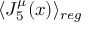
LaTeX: \langle J _ { 5 } ^ { \mu } ( x ) \rangle _ { r e g }